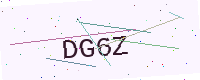
Text: DG6Z